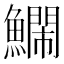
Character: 𮬔